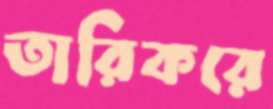
তারিকরে